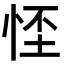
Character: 𢚬